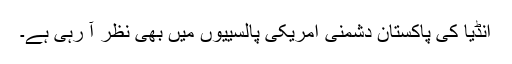
انڈیا کی پاکستان دشمنی امریکی پالسییوں میں بھی نظر آ رہی ہے۔